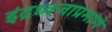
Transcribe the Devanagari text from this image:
इंद्रध्वजाप्रमाणे